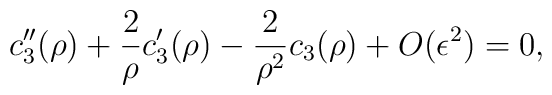
c_3''(\rho) + \frac{2}{\rho} c_3'(\rho) - \frac{2}{\rho^2} c_3(\rho)             + O(\epsilon^2) = 0,